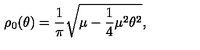
\rho _ { 0 } ( \theta ) = \frac { 1 } { \pi } \sqrt { \mu - \frac { 1 } { 4 } \mu ^ { 2 } \theta ^ { 2 } } ,